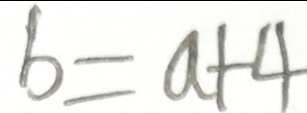
b = a + 4